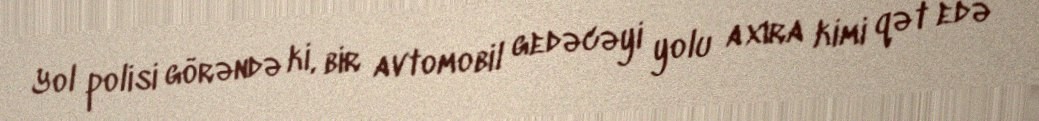
Yol polisi görəndə ki, bir avtomobil gedəcəyi yolu axıra kimi qət edə